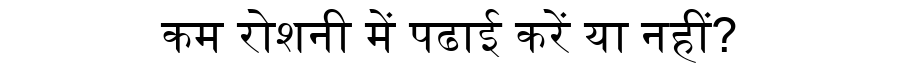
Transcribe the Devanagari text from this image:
कम रोशनी में पढाई करें या नहीं?